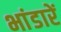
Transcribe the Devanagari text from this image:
भांडारें